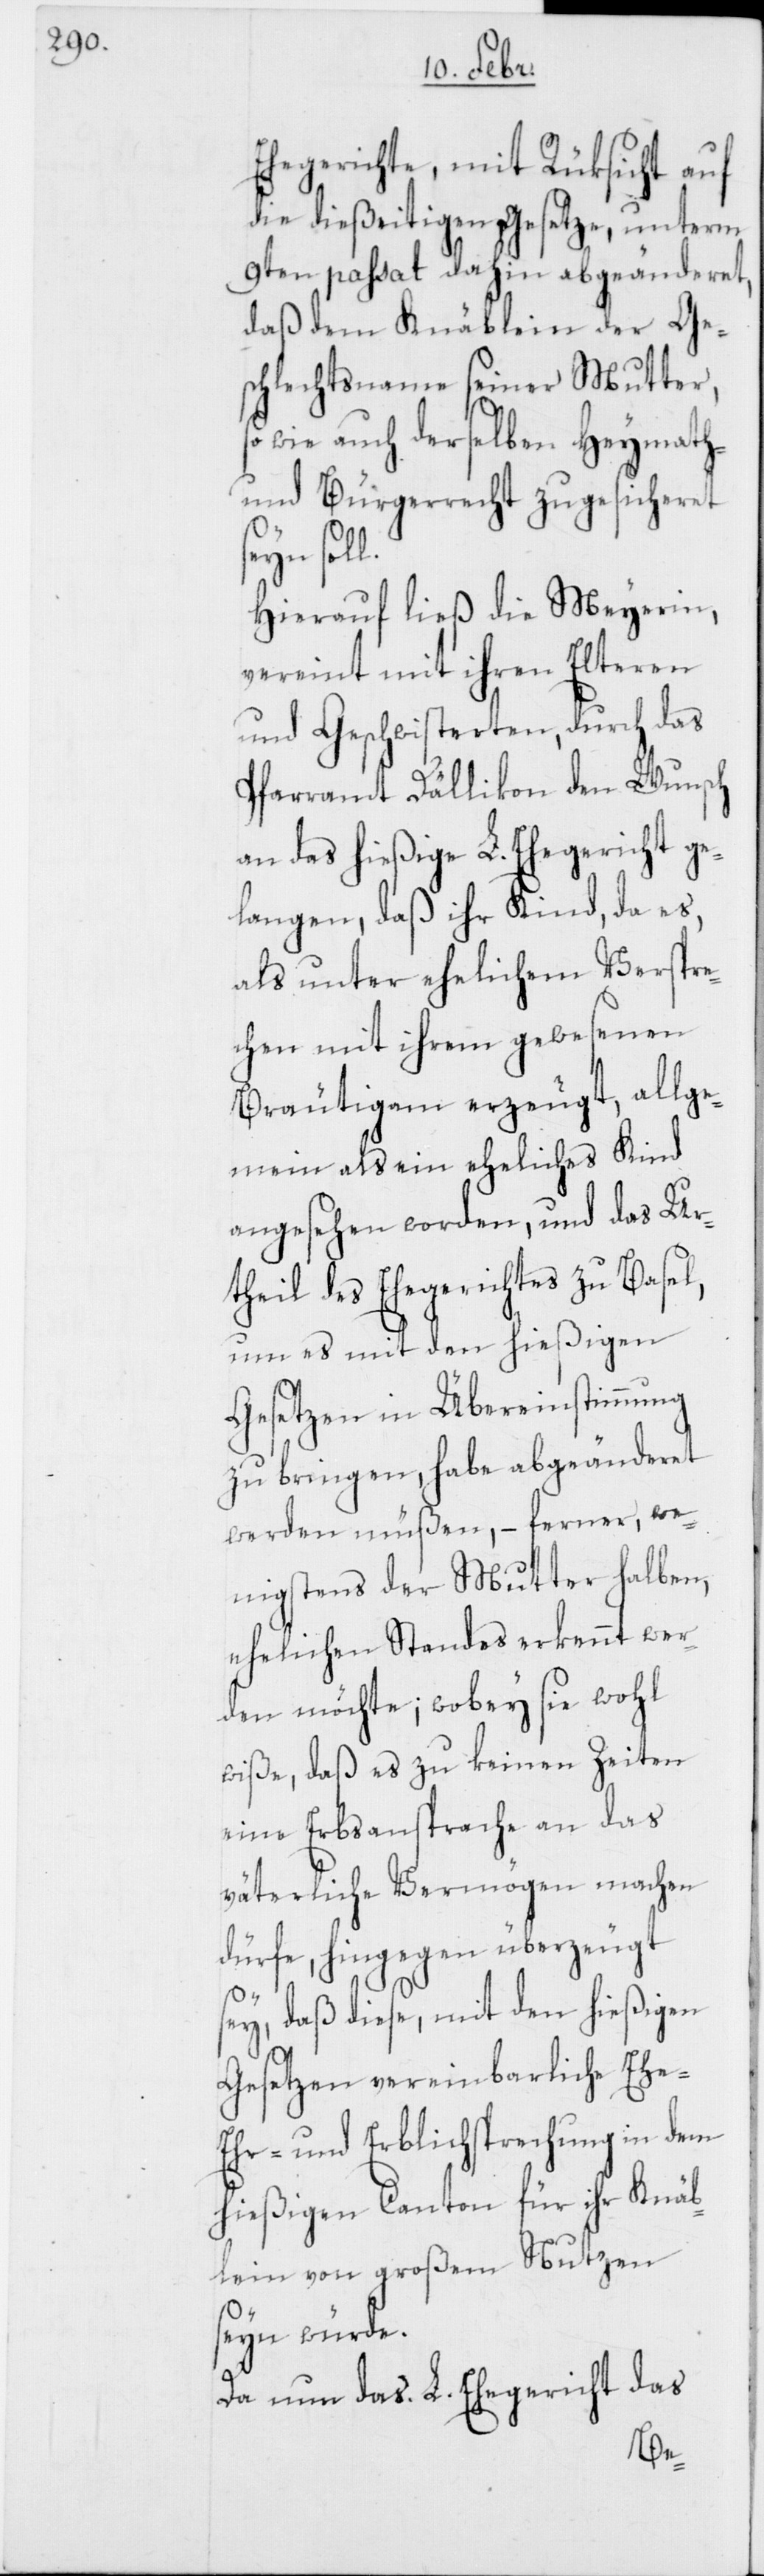
Ehegerichte, mit Rüksicht auf
die dießeitigen Gesetze, unterm
9ten passati dahin abgeänderet,
daß dem Knäblein der Ges¬
chlechtsname seiner Mutter,
so wie auch derselben Heymath-
und Bürgerrecht zugesicheret
seyn soll.
Hierauf ließ die Meyerin,
vereint mit ihren Elteren
und Geschwisterten, durch das
Pfarramt Dällikon den Wunsch
an das hießige L. Ehegericht ge¬
langen, daß ihr Kind, da es,
als unter ehelichem Verspre¬
chen mit ihrem gewesenen
Bräutigam erzeugt, allge¬
mein als ein eheliches Kind
angesehen worden, und das Ur¬
theil des Ehegerichtes zu Basel,
um es mit den hießigen
Gesetzen in Übereinstimmung
zu bringen, habe abgeänderet
werden müßen, – ferner, we¬
nigstens der Mutter halben,
ehelichen Standes erkennt wer¬
den möchte; wobey sie wohl
wiße, daß es zu keinen Zeiten
eine Erbsansprache an das
väterliche Vermögen machen
dürfe, hingegen überzeugt
sey, daß diese, mit den hießigen
Gesetzen vereinbarliche Ehe-,
Ehr- und Erblichsprechung in dem
hießigen Canton für ihr Knäb¬
lein von großem Nutzen
seyn würde.
Da nun das L. Ehegericht das